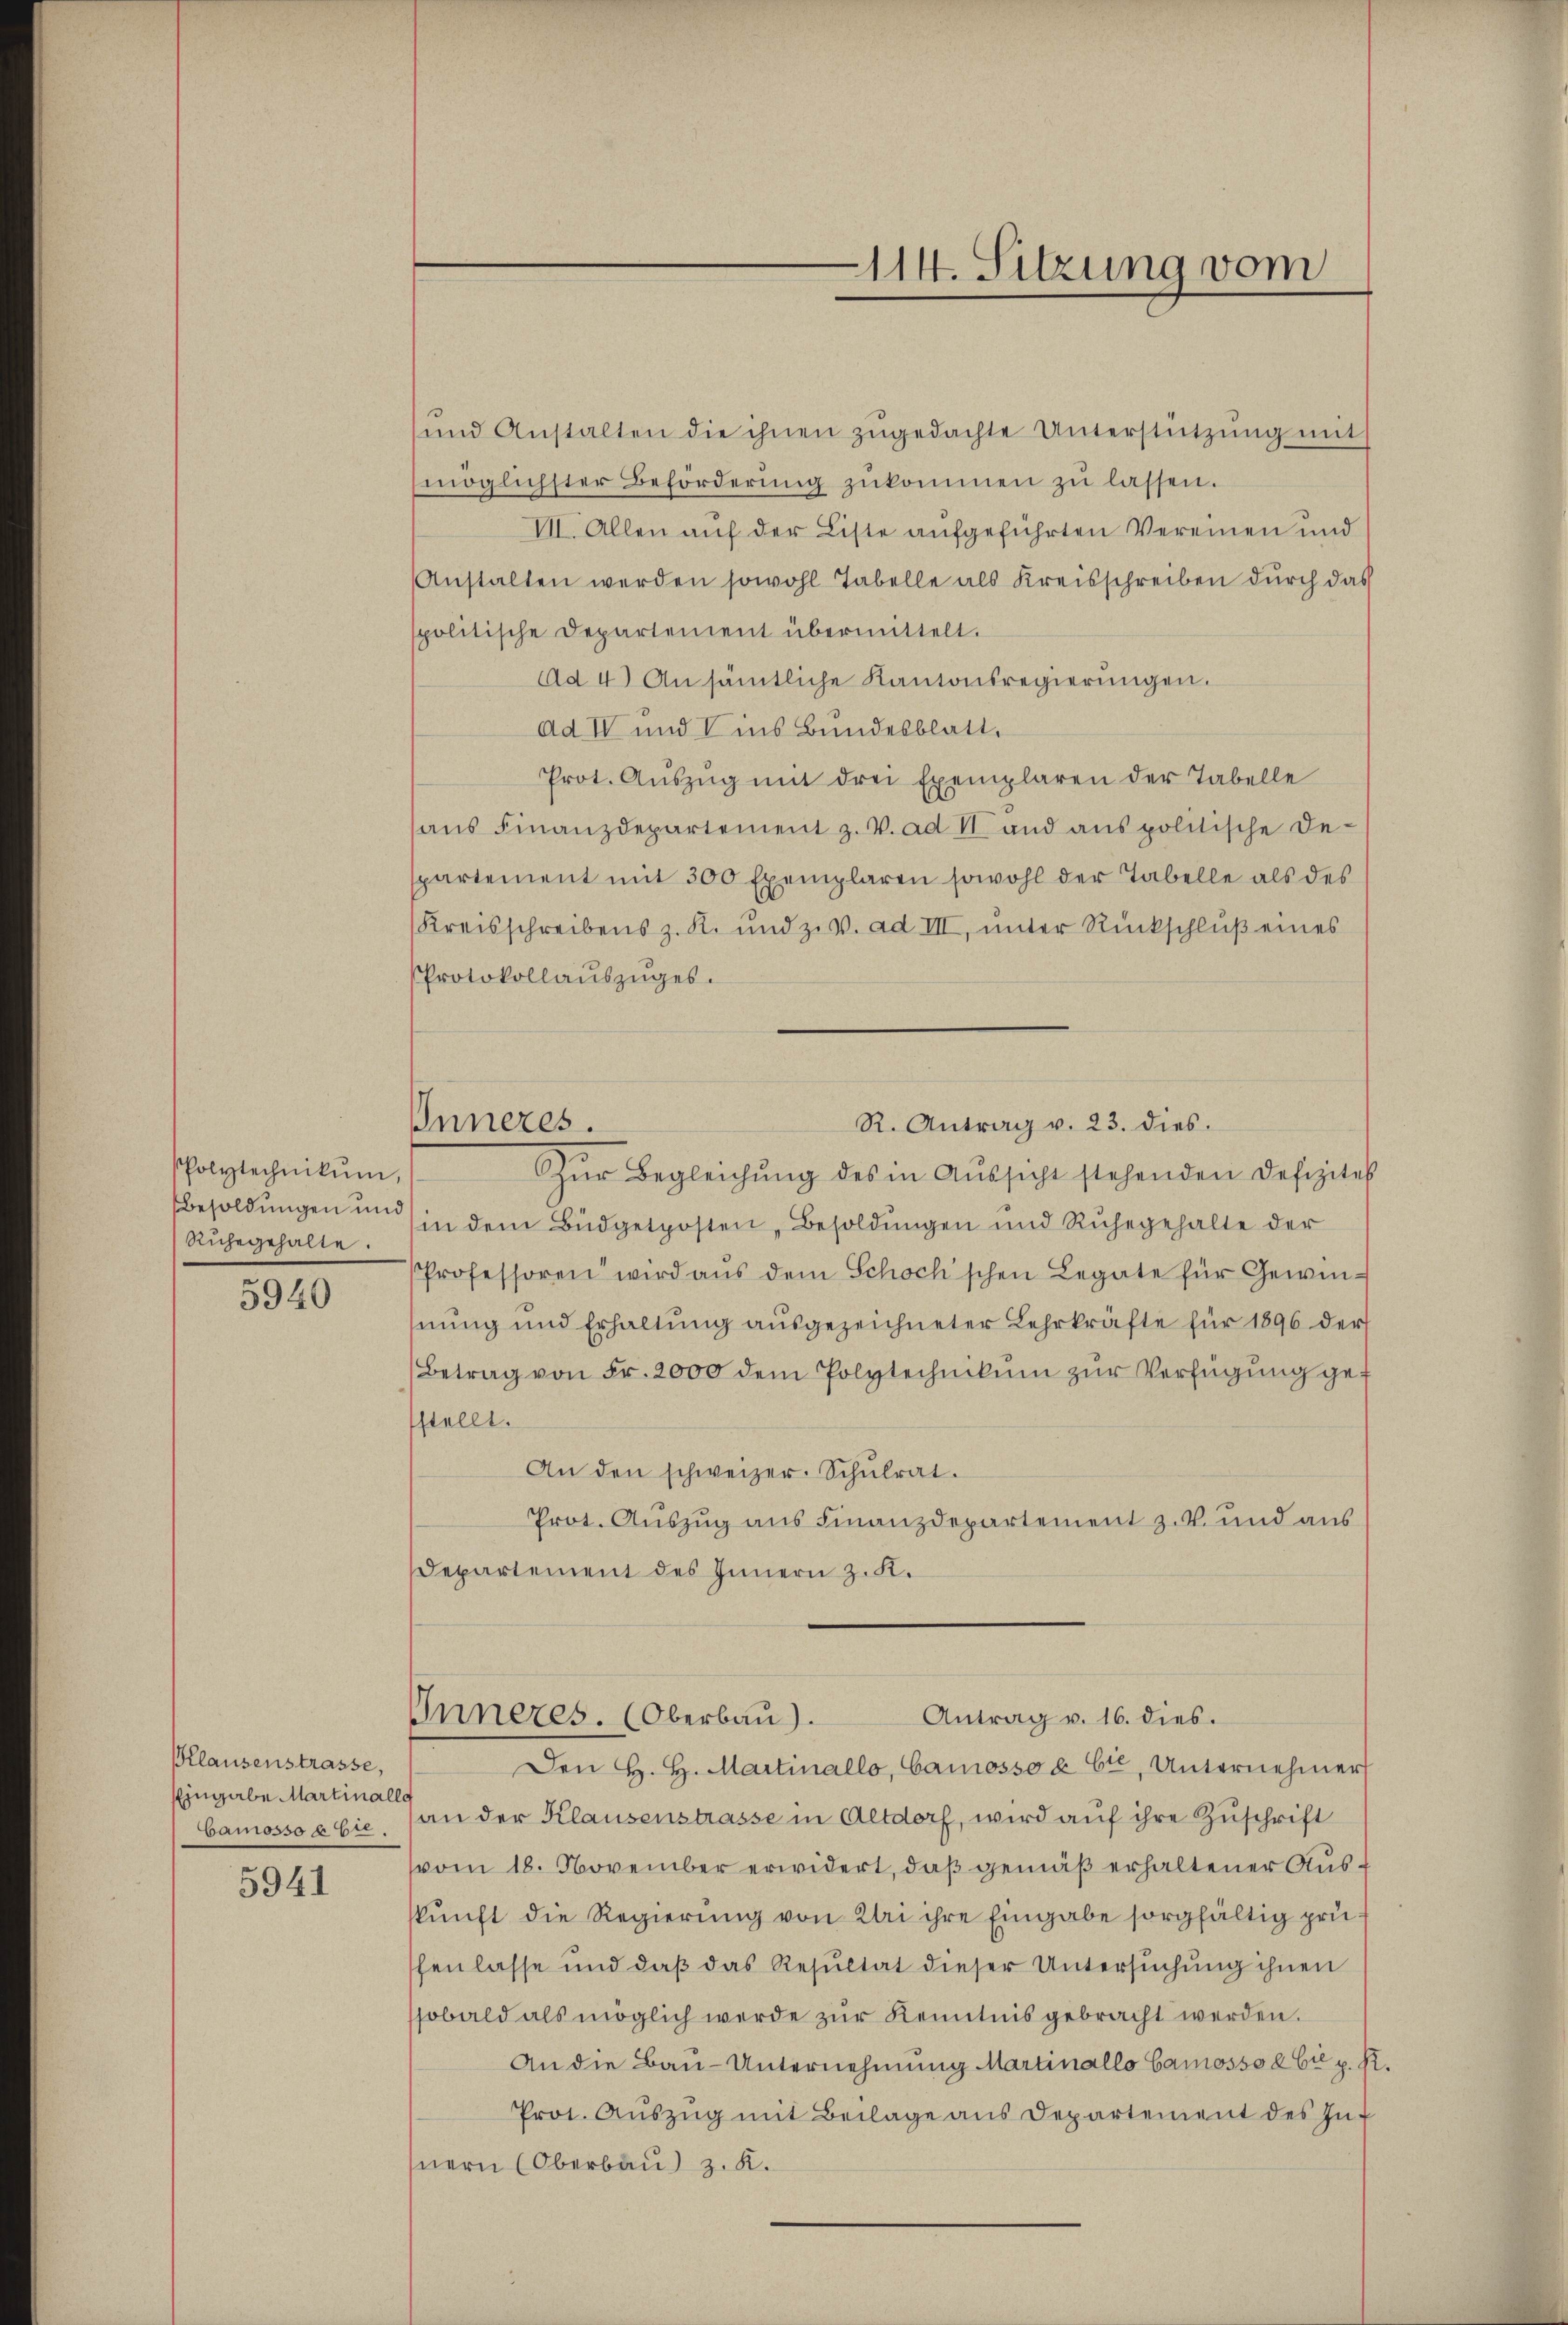
Polytechnikum,
Ruhegehalte.

5940

Klausenstrasse,
Eingabe Martinalle
Camosso ab.

5941

Inneres.

114. Sitzung vom

R. Antrag v. 23. dies.

und Anstalten die ihnen zŭgedachte Unterstützŭng mit
möglichster Beförderŭng zŭkommen zŭ lassen.
VII. Allen auf der Liste aufgeführten Vereinen und
Anstalten werden sowohl Tabelle als Kreisschreiben dŭrch das
spolitische Departement übermittelt.
Ad 4) Ansämtliche Kantonsregierŭngen.
Ad I und V ins Bundesblatt.
Prot. Aŭszŭg mit drei Exemplaren der Tabelle
aŭs Finanzdepartement z. V. ad II und anspolitische De-
spartement mit 300 Exemplaren sowohl der Tabelle als des
(Kreisschreibens z. K. und z. v. ad III, unter Rückschluß eines
Protokollauszuges.
Zŭr Begleichung des in Aŭssicht stehenden Defizites
besoldŭngen in in dem Büdgetposten, Besoldŭngen und Ruhegehalte der
Professoren wird aŭs dem Schock'schen Legate für Gewinhnung und Erhaltung ausgezeichneter Lehrkräfte für 1896 der
Betrag von Fr. 2000 dem Polytechnikŭm zŭr Verfügung gesstellt.
An den schweizer. Schŭlrat.
Prot. Auszug aus Finanzdepartement z. B. und aus
Departement des Innern z. K.
Antrag v. 16. dies.
Inneres. (Oberbau).
Den H. H. Martinallo, Camosso à Cie, Unternehmer
an der Klausenstrasse in Altdorf, wird auf ihre Zuschrift
vom 18. November erwidert, daß gemäß erhaltener Ausskunft die Regierung von Uri ihre Eingabe sorgfältig prü
shenlasse und daß das Resultat dieser Untersŭchŭng ihnen
sobald als möglich werde zŭr Kenntnis gebracht werden.
An die Bau-Unternehmung Martinallo Camosso è bi p. K
Prot. Aŭszŭg mit Beilage ans Departement des In-
nern (Oberbau) z. K.